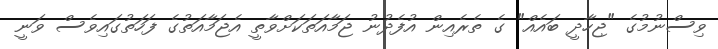
ވިސްނުމުގެ "ޖިހާދީ ބައެއް" ގެ ތެރެއިން އުފެދުނު ޖަމާއަތަކަށްވާތީ އެޖަމާއަތުގެ ފަހަތުގައިވެސް ވަނީ